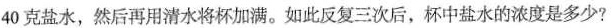
40克盐水，然后再用清水将杯加满。如此反复三次后，杯中盐水的浓度是多少?